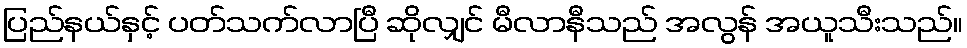
ပြည်နယ်နှင့် ပတ်သက်လာပြီ ဆိုလျှင် မီလာနီသည် အလွန် အယူသီးသည်။